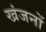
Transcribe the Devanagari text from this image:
खंजनों